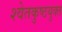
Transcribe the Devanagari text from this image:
श्वेतकुष्ठयुक्त